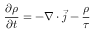
\frac { \partial \rho } { \partial t } = - \nabla \cdot \vec { j } - \frac { \rho } { \tau }